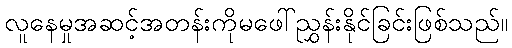
လူနေမှုအဆင့်အတန်းကိုမဖေါ်ညွှန်းနိုင်ခြင်းဖြစ်သည်။